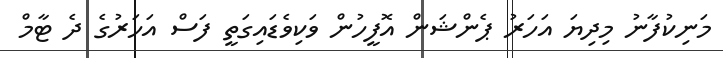
މަނިކުފާނު މިދިޔަ އަހަރު ޕެންޝަން އޮފީހުން ވަކިވެޑައިގަތީ ފަސް އަހަރުގެ ދެ ޓާމް